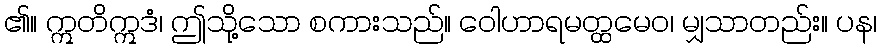
၏။ ဣတိဣဒံ၊ ဤသို့သော စကားသည်။ ဝေါဟာရမတ္ထမေဝ၊ မျှသာတည်း။ ပန၊